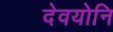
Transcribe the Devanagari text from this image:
देवयोनि